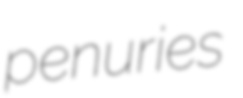
penuries